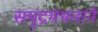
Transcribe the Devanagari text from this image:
समुद्रमंथनाने